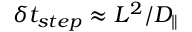
\delta t _ { s t e p } \approx L ^ { 2 } / D _ { \| }